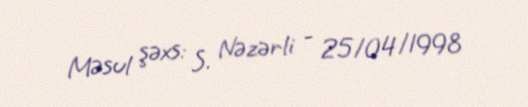
Məsul şəxs: S. Nəzərli - 25/04/1998